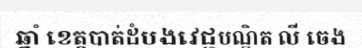
ឆ្នាំ ខេត្តបាត់ដំបងវេជ្ជបណ្ឌិត លី ចេង